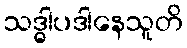
သဒ္ဓါပဒါနေသူတိ